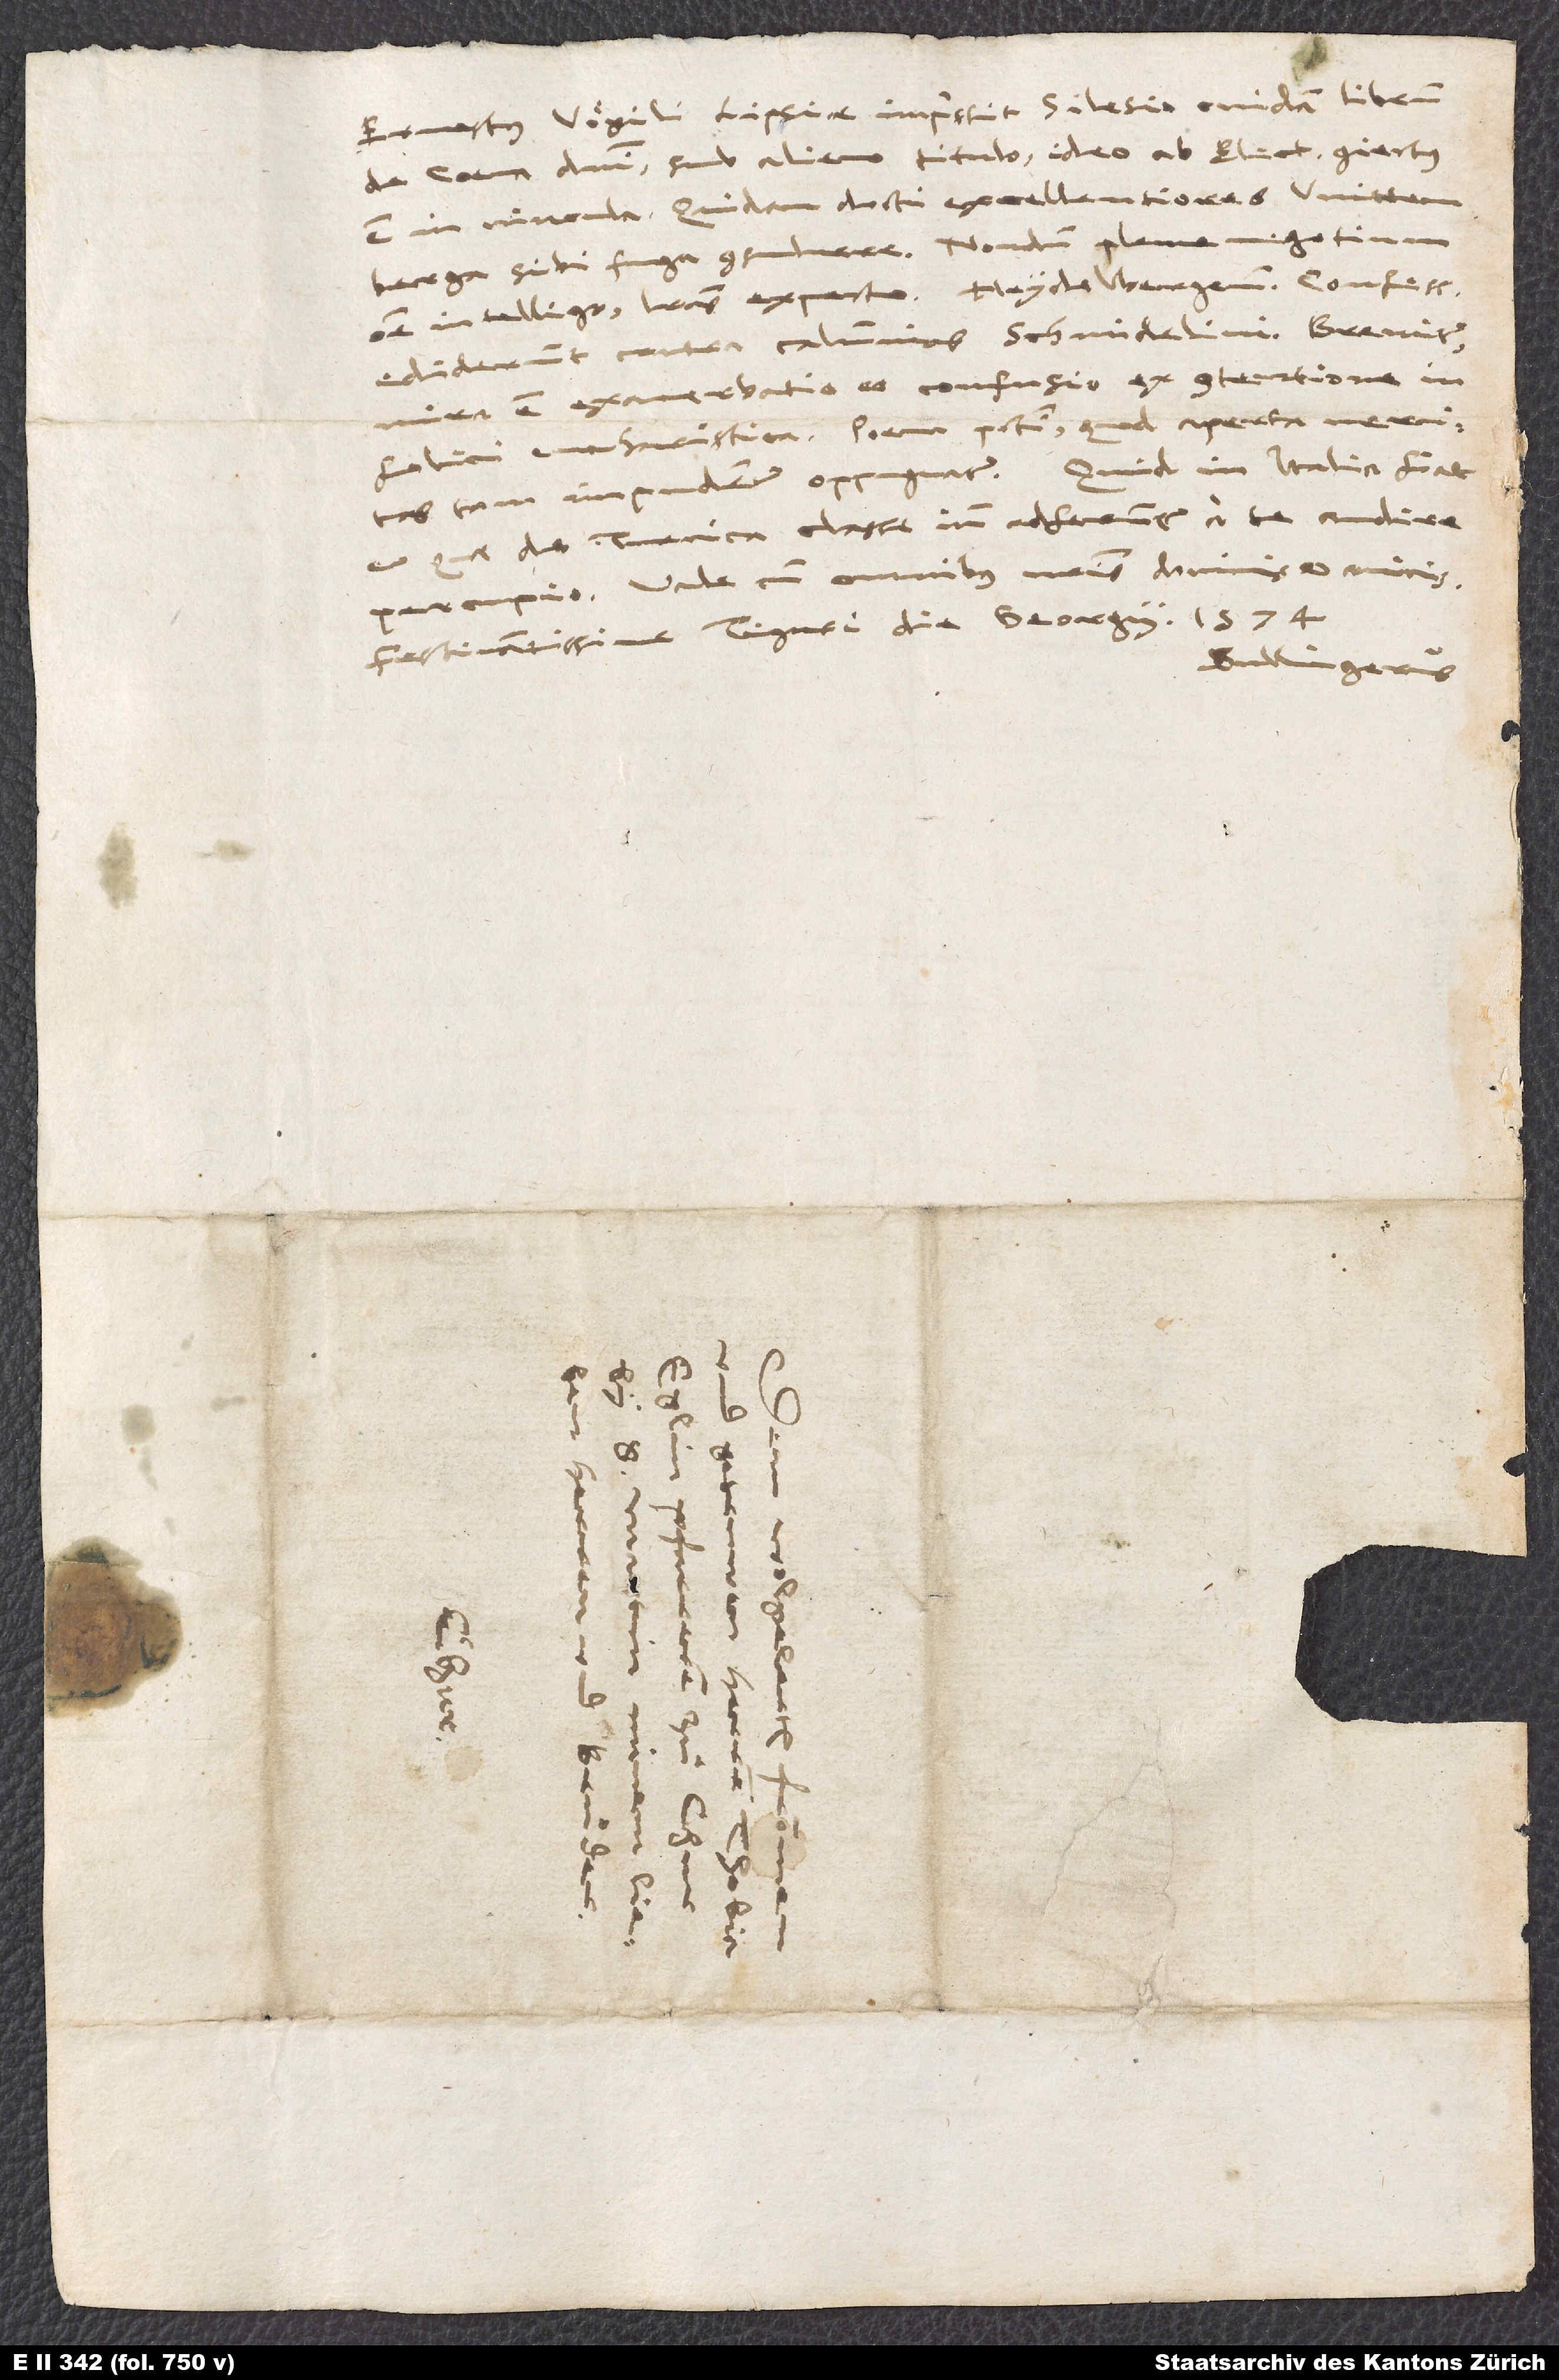
Ernestus Vögili Lipsiae impressit Silesio cuidam librum
de coena domini sub alieno titulo; ideo ab electore coniectus
sibi fuga consuluere. Nondum plene negotium
omne intelligo, literas expecto. Heydelbergenses confessionem
ediderunt contra calumnias Schmidelini. Breviter:
mira est exacerbatio et confusio ex contentione
infelici eucharistica. Poena peccati, quod aperta veritas
et quae de Turcica classe iam adferuntur, a te audire
Festinantissime Tiguri die Georgii 1574.
Bullingerus.